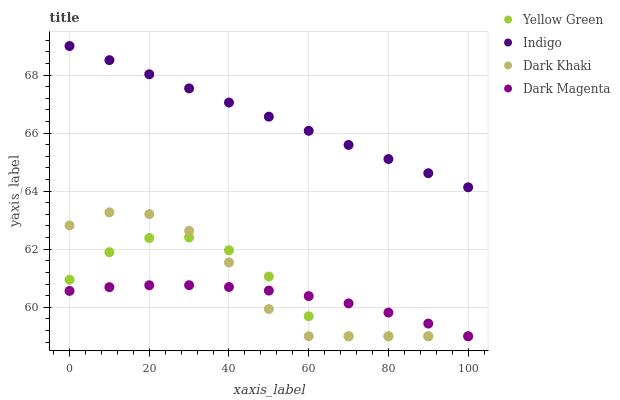
| xaxis_label | Yellow Green | Indigo | Dark Khaki | Dark Magenta |
 | --- | --- | --- | --- | --- |
 | 0 | 60.9 | 69 | 62.8 | 60.6 |
 | 10 | 61.9 | 68.5 | 63.3 | 60.7 |
 | 20 | 62.4 | 68 | 63.2 | 60.8 |
 | 30 | 62.4 | 67.5 | 62.6 | 60.8 |
 | 40 | 62 | 67.1 | 61.5 | 60.7 |
 | 50 | 61.1 | 66.6 | 59.9 | 60.6 |
 | 60 | 59.7 | 66.1 | 59 | 60.4 |
 | 70 | 59 | 65.6 | 59 | 60.1 |
 | 80 | 59 | 65.1 | 59 | 59.8 |
 | 90 | 59 | 64.6 | 59 | 59.4 |
 | 100 | 59 | 64.1 | 59 | 59 |